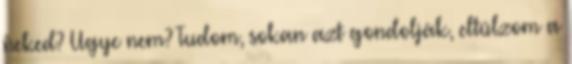
neked? Ugye nem? Tudom, sokan azt gondolják, eltúlzom a